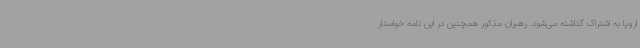
اروپا به اشتراک گذاشته می‌شود. رهبران مذکور همچنین در این نامه خواستار